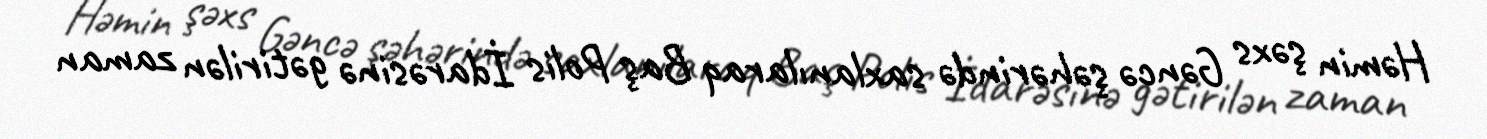
Həmin şəxs Gəncə şəhərində saxlanılaraq Baş Polis İdarəsinə gətirilən zaman